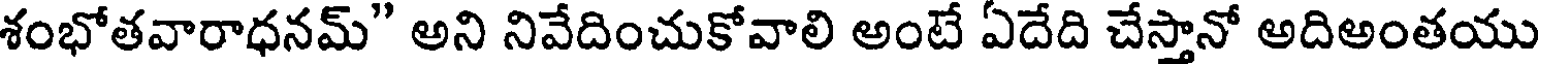
శంభోతవారాధనమ్" అని నివేదించుకోవాలి అంటే ఏదేది చేస్తానో అదిఅంతయు